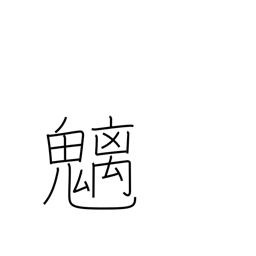
Meaning: mountain spirits